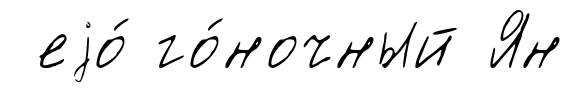
еjо́ го́ночный Ян